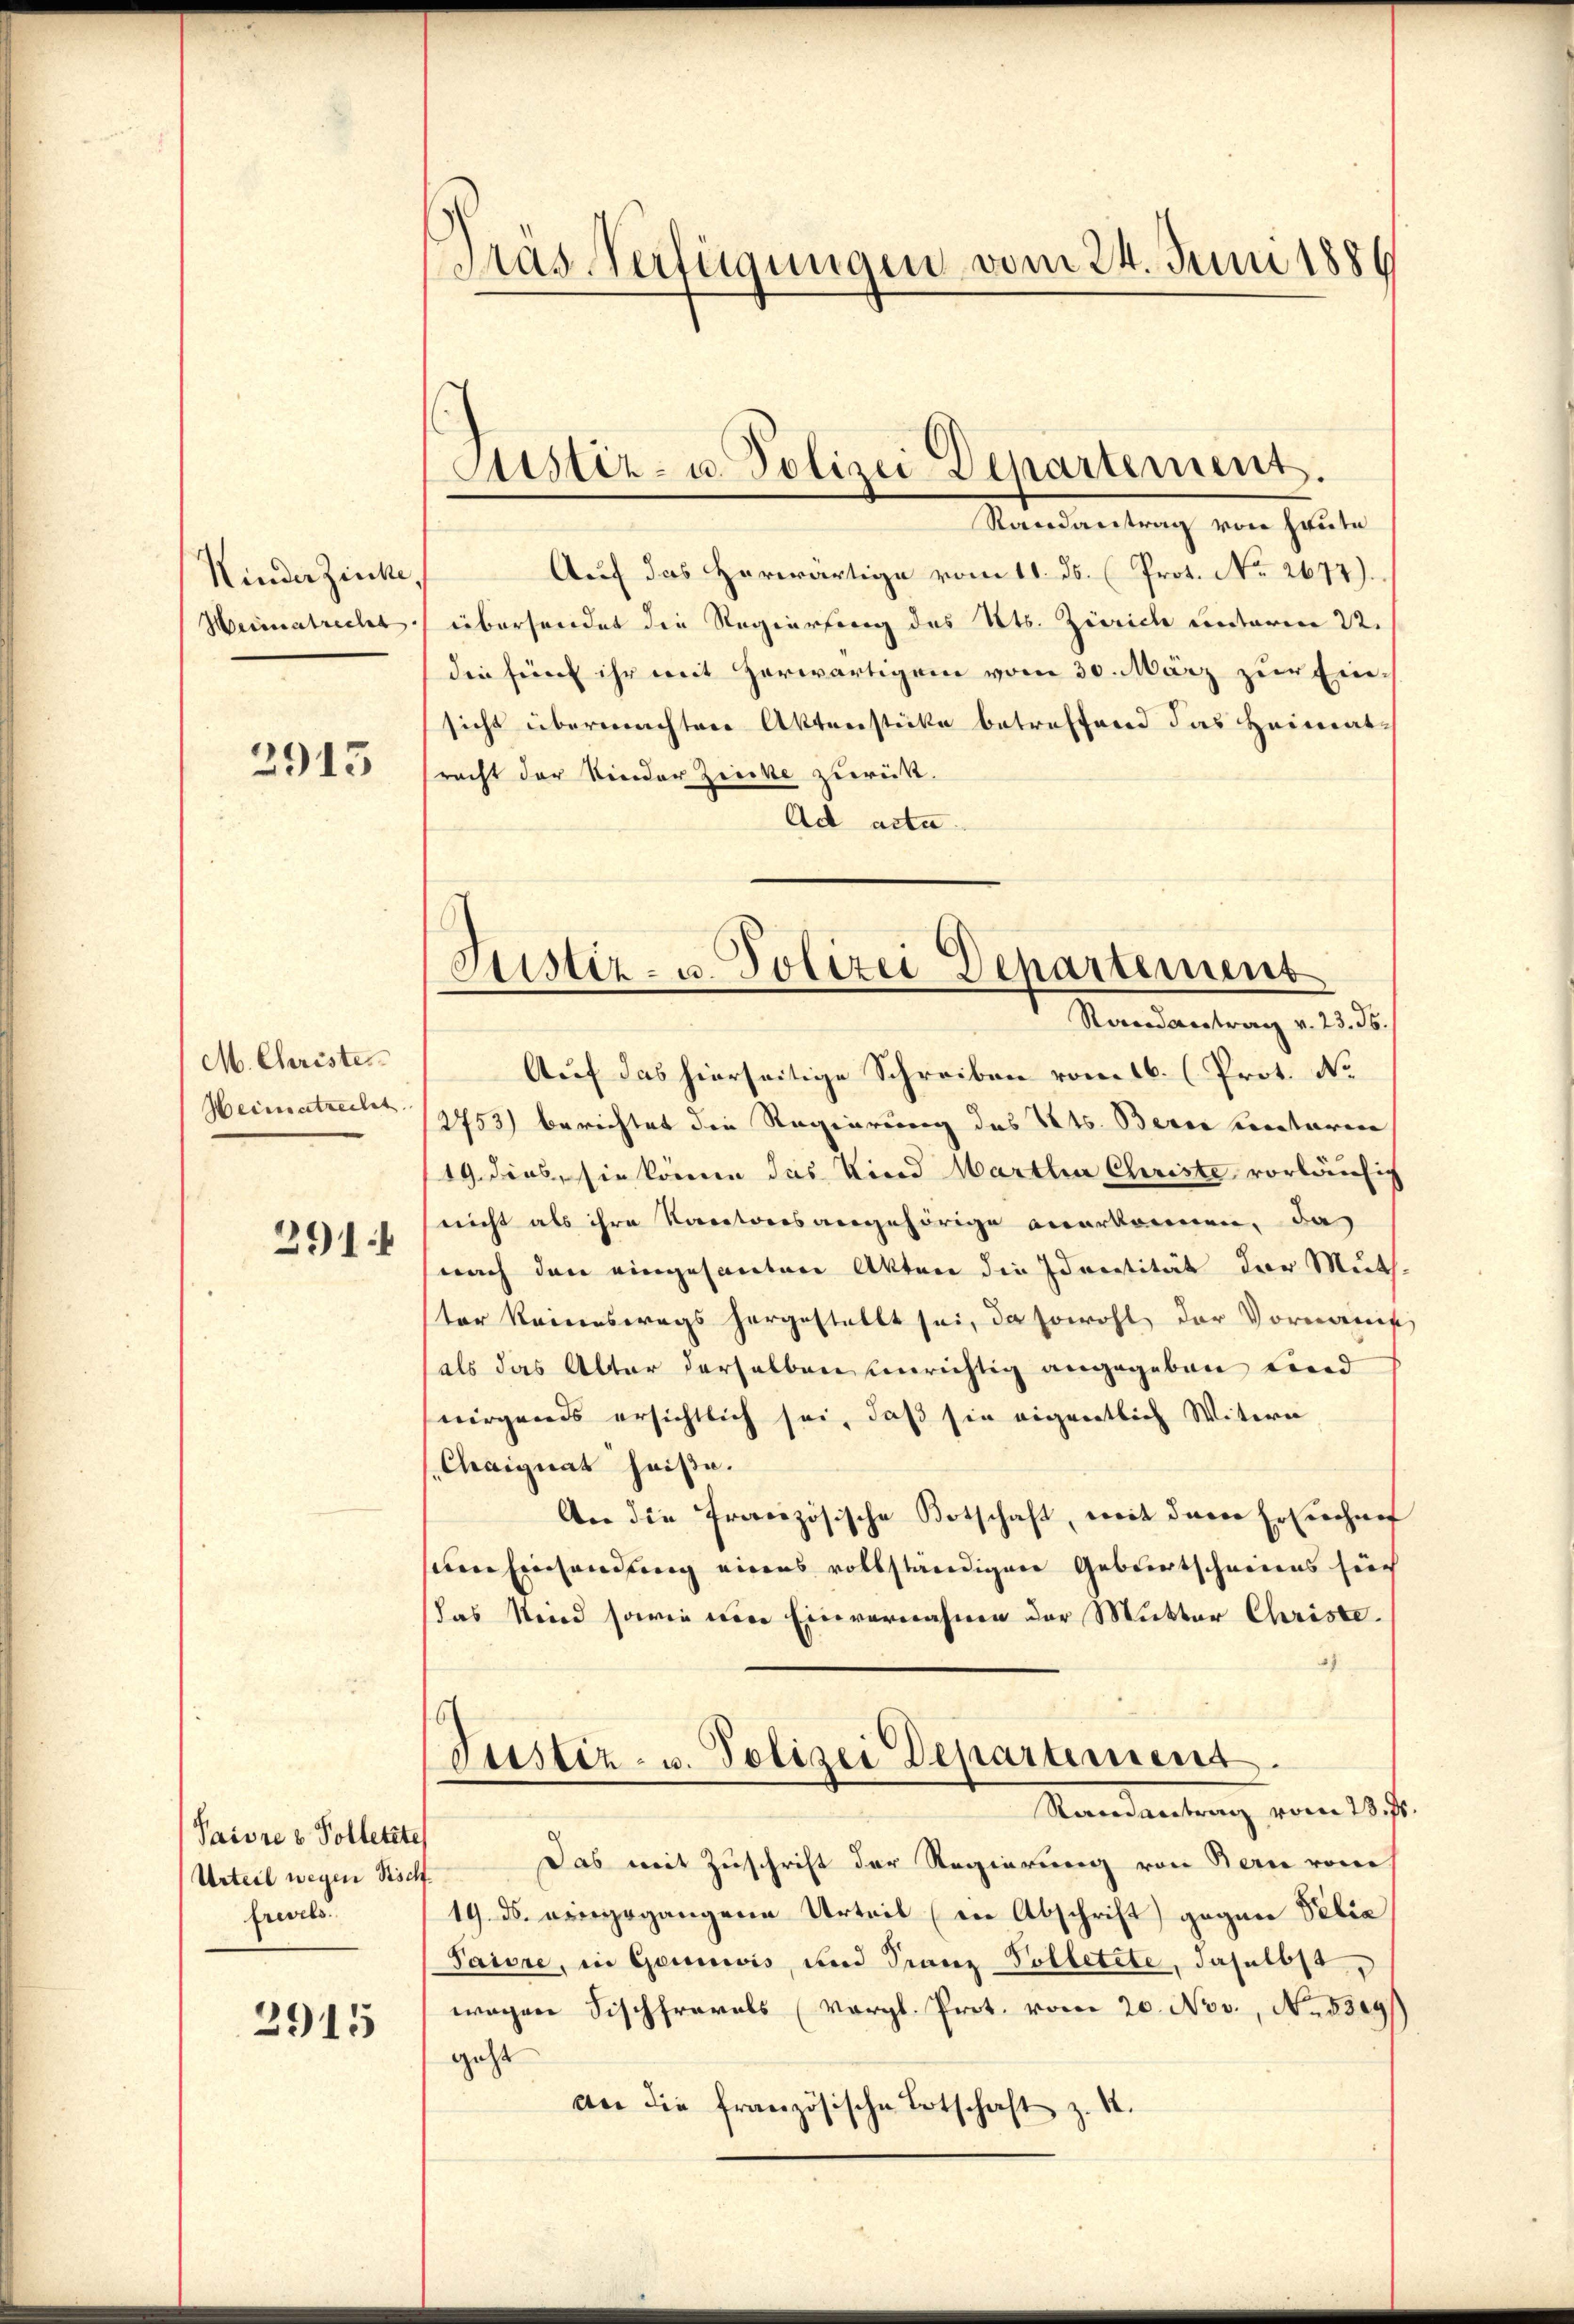
Kinder Zirke,
Heimatrecht
2915

M. Christer
Heimatrechet
291

Paivre v. Polletet.
Urteil wegen Bisch
frevels.
2915

Tras Verfügungen vom 24. Juni 1886

Sistiz- u. Polizei Departement.

Randantrag von Heute
Auf das herwärtige vom 11. ds. (Prot. No. 2677).
übersendet die Regierung des Kts. Zürich unterm 22.
die sein ihr mit Zerwärtigen vom 30. März zur Ein-
sicht übermächtere Aktenstücke betreffend das Heimatracht der Kinder Zwecke zurück.
Ad acta.

Justiz- u. Polizei Departement
Randantrag v. 23. 36.
Auf das hierseitige Schreiben vom 16. (Prot. No

2753) berichtet die Regierung des Kts. Berne ventarie
19. dies, sie könne das Kind Martha Christe vorläufig
nicht als ihre Kantonsangehörige anerkennen, da
nach den eingesanten Akten die Identität der Muth-
ter keineswegs hergestellt sei, da sowohl der Vormereit
als das Alter derselben einrichtig angegeben Lind
nirgends ersichtlich sei, daß sie eigentlich Witern
Chaignat heiße.
An die französische Botschaft, mit derer Ersuchun
sem Einsendung einens vollständigen Geburtschneiens hier
das Wird sowie eine Einvernahmen der Mutter Christe
Justiz- u. Polizei Departement.
Randantrag vom 23. Js.
Das mit Zuschrift der Regierung von Bern vom
19. ds. eingegangene Urteil (in Abschrift) gegen Filia
Paiore, in Geniwis, und Franz Polletete, daselbst
wegen Fischfrarals (Vergl. Prot. vom 20. Nov., N. 589
geht
an die französische Ertschaft z. B.